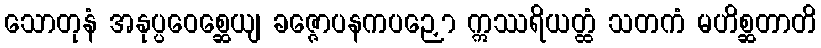
သောတုနံ အနုပ္ပဝေစ္ဆေယျ ခဇ္ဇောပနကပဉှော ဣဿရိယတ္ထံ သတကံ မဟိစ္ဆတာတိ